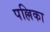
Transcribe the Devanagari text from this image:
पल्लिका